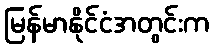
မြန်မာနိုင်ငံအတွင်းက